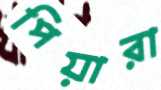
পিয়ারা